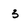
Character: 3